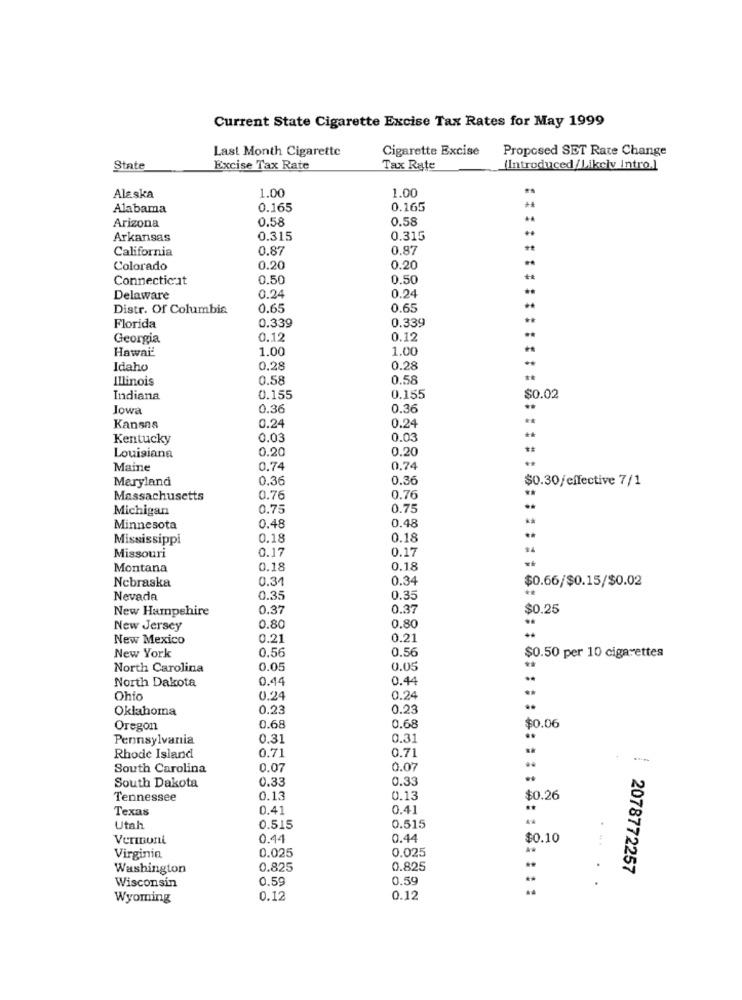
Current State Cigarette Excise Tax Rates for May 1999
Last Month Cigarette
Cigarette Excise
Proposed SET Rate Change
State
Excise Tax Rate
Tax Rate
(Introduced/Likely Intro.]
1.00
Alaska
1.00
Alabama
0.165
0.165
0.58
0.58
Arizona
Arkansas
0.315
0.315
California
0.87
0.87
Colorado
0.20
0.20
Connecticut
0.50
0.50
0.24
..
Delaware
0.24
Distr. Of Columbia
0.65
0.65
0.339
0.339
Florida
..
Georgia
0.12
0.12
Hawai-
1.00
1.00
Idaho
0.28
0.28
Illinois
0.58
0.58
..
Indiana
0.155
0.155
$0.02
Jowa
0.36
0.36
Kansas
0.24
0.24
Kentucky
0.03
0.03
0.20
0.20
Louisiana
Maine
0.74
0.74
Maryland
0.36
0.36
$0.30/effective 7/1
Massachusetts
0.76
0.76
Michigan
0.75
0.75
0.48
0.48
**
Minnesota
Mississippi
0.18
0.18
0.17
0.17
$4
Missouri
Montana
0.18
0.18
Nebraska
0.34
0.34
$0.66/$0.15/$0.02
Nevada
0.35
0.35
New Hampshire
0.37
0.37
$0.25
.
New Jersey
0.80
0.80
New Mexico
0.21
0.21
..
New York
0.56
0.56
$0.50 per 10 cigarettes
North Carolina
0.05
0.05
North Dakota
0.44
0.44
Ohio
0.24
0.24
**
Oklahoma
0.23
0.23
0.68
Oregon
0.68
$0.06
Pennsylvania
0.31
0.31
Rhode Island
0.71
0.71
South Carolina
0.07
0.07
0.33
0.33
South Dakota
Tennessee
0.13
0.13
$0.26
Texas
0.41
0.41
Utah
0.515
0.515
0.44
0.44
$0.10
0.025
0.025
Virginia
Washington
0.825
0.825
2078772257
0.59
0.59
Wisconsin
Wyoming
0.12
0.12